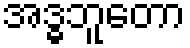
အဒ္ဓဘူတော